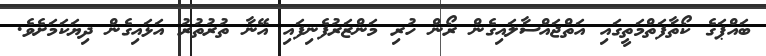
ބައްޕަގެ ކޯތާފަތްމަތީގައި އަތްޖައްސާލައިގެން ރޯން ހުރި މަންޒަރުފެނިފައި އޭނާ ތުރުތުރު އަޅައިގެން ދިޔަކަމަށެވެ.